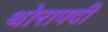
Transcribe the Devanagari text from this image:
थोरापदी